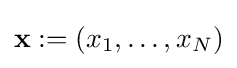
\mathbf {x} :=(x_{1},\dots ,x_{N})